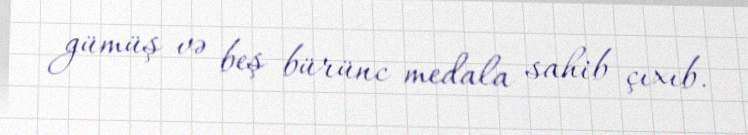
gümüş və beş bürünc medala sahib çıxıb.